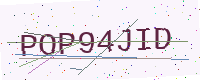
Text: POP94JID